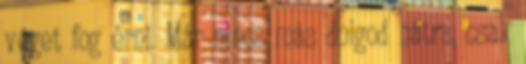
véget fog érni. Már nincs más dolgod hátra, csak